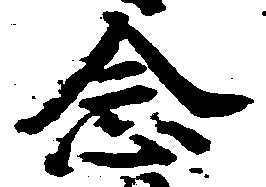
念